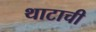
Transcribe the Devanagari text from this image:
थाटाची